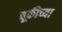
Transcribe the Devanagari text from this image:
चूकीच्या